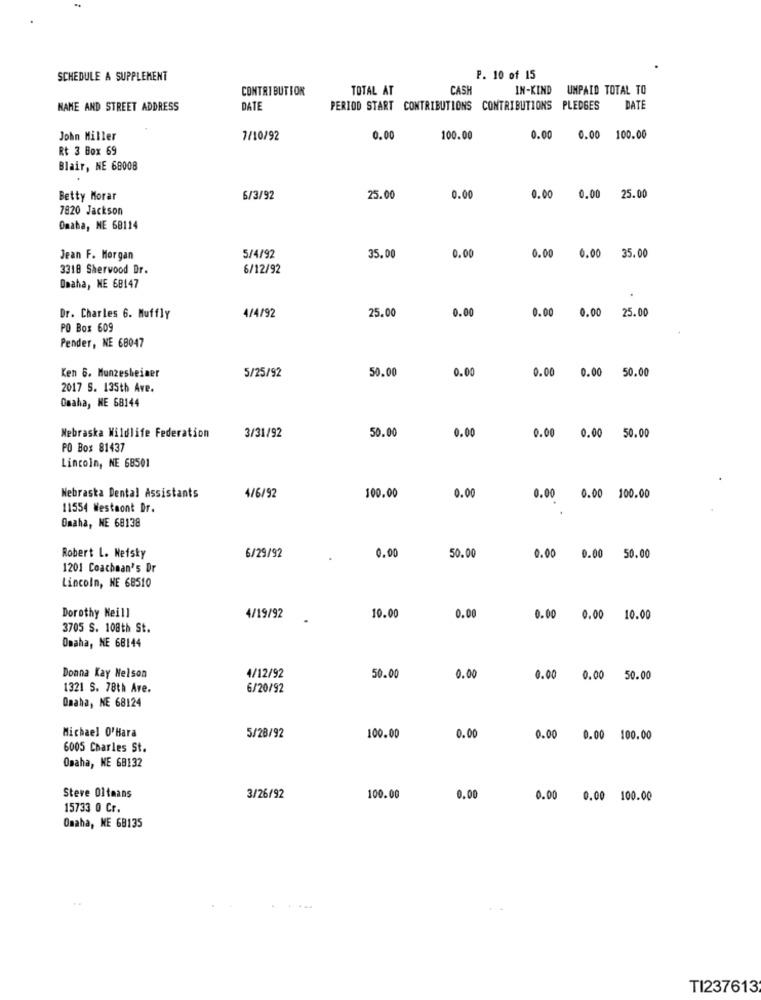
SCHEDULE A SUPPLEMENT
P. 10 of 15
CONTRIBUTION
TOTAL AT
CASH
IN-KIND UNPAID TOTAL TO
NAME AND STREET ADDRESS
DATE
PERIOD START CONTRIBUTIONS CONTRIBUTIONS PLEDGES
DATE
John Miller
7/10/92
0.00
100.00
0.00
0.00 100.00
Rt 3 Box 69
Blair, NE 68008
Betty Morar
6/3/92
25.00
0.00
0.00
0.00
25.00
7820 Jackson
Omaha, NE 68114
Jean F. Morgan
5/4/92
35.00
0.00
0.00 0.00 35.00
3318 Sherwood Dr.
6/12/92
Omaha, NE 68147
25.00
0.00
Dr. Charles 6. Muffly
4/4/92
0.00 0.00 25.00
PO Box 609
Pender, NE 68047
5/25/92
50.00
0.00
Ken 6. Munzesbeiner
0.00 0.00 50.00
2017 S. 135th Ave.
Omaha, NE 68144
Nebraska Wildlife Federation
3/31/92
50.00
0.00
0.00 0.00 50.00
PO Box 81437
Lincoln, NE 68501
100.00
Nebraska Dental Assistants
4/6/92
0.00
0.00 0.00 100.00
11554 Westaont Dr.
Omaha, NE 68138
0,00
Robert L. Neisky
6/29/92
50.00
0.00 0.00 50.00
1201 Coachman's Dr
Lincoln, NE 68510
Dorothy Keill
4/19/92
10.00
0.00
0.00 0.00 10.00
3705 S. 108th St.
Omaha, NE 68144
Donna Kay Nelson
4/12/92
50.00
0.00
0.00 0.00
50.00
1321 S. 78th Ave.
6/20/92
Omaha, NE 68124
Michael O'Hara
5/28/92
100.00
0.00
0.00 0.00 100.00
6005 Charles St.
Omaha, NE 68132
Steve Oltmans
3/26/92
100.00
0.00
0.00 0.00 100.00
15733 0 Cr.
Omaha, NE 68135
TI237613